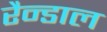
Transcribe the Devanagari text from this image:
रैन्डाल